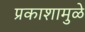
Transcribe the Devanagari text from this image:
प्रकाशामुळे